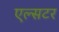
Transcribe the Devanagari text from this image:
एल्सटर